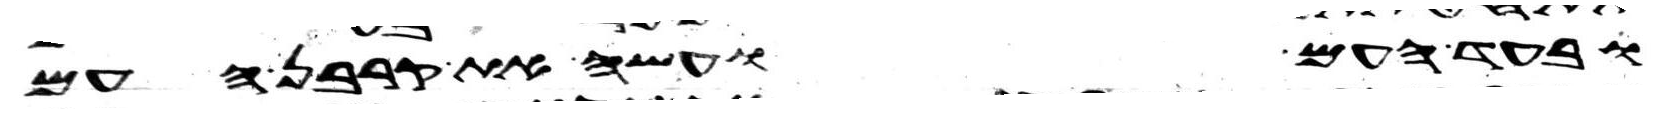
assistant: ובעד העם ועשה את קרבן העם